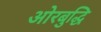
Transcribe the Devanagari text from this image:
ओरबुद्धि